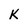
Character: k